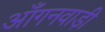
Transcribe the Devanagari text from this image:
आँगनवाड़ी